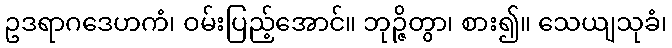
ဥဒရာဂဒေဟကံ၊ ဝမ်းပြည့်အောင်။ ဘုဉ္ဇိတွာ၊ စား၍။ သေယျသုခံ၊